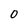
Character: 0